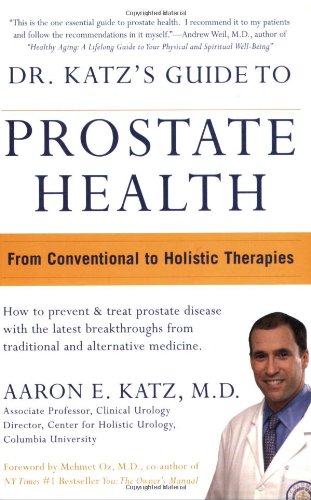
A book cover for Dr. Katz's Guide to Prostate Health: From Conventional to Holistic Therapies; Aaron E. Katz; Health, Fitness & Dieting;